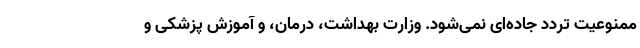
ممنوعیت تردد جاده‌ای نمی‌شود. وزارت بهداشت، درمان، و آموزش پزشکی و